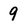
Character: 9